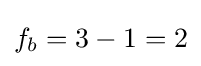
f_{b}=3-1=2